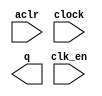
module lpm_counter_13bit (
	aclr,
	clk_en,
	clock,
	q);

	input	  aclr;
	input	  clk_en;
	input	  clock;
	output	[12:0]  q;

endmodule